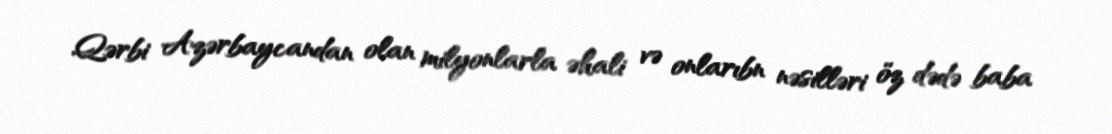
Qərbi Azərbaycandan olan milyonlarla əhali və onlarıbn nəsilləri öz dədə baba